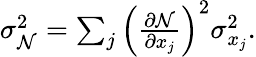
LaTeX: \begin{array}{r}{\sigma_{\mathcal{N}}^{2}=\sum_{j}\left(\frac{\partial\mathcal{N}}{\partial x_{j}}\right)^{2}\sigma_{x_{j}}^{2}.}\end{array}